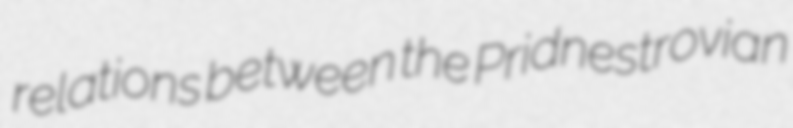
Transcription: relations between the Pridnestrovian